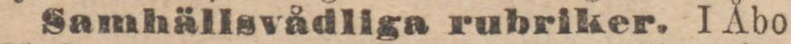
Samhällsvådliga rubriker. I Åbo